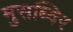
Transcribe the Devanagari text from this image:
मुसब्विर